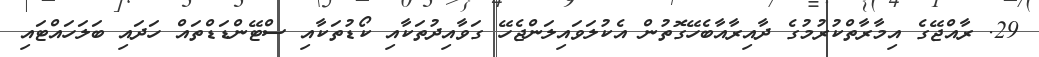
29. ރާއްޖޭގެ އިމާރާތްކުރުމުގެ ދާއިރާއާބެހޭގޮތުން އެކުލަވައިލަންޖެހޭ ގަވާއިދުތަކާއި ކޯޑުތަކާއި ސްޓޭންޑަޑްތައް ހަދައި ބަލަހައްޓައި